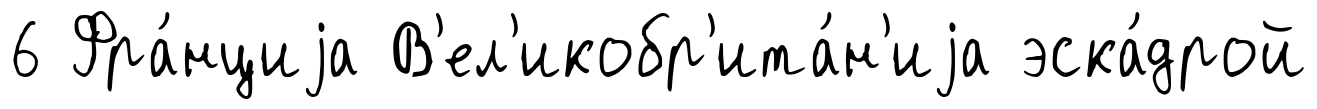
6 Фра́нциjа В'ел'икобр'ита́н'иjа эска́дрой